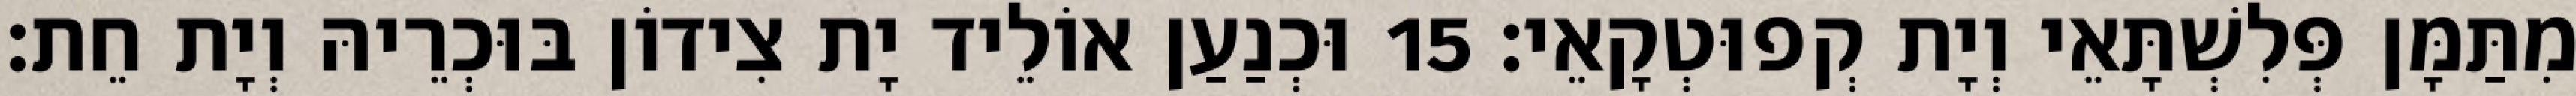
מִתַּמָּן פְּלִשְׁתָּאֵי וְיָת קְפוּטְקָאֵי׃ 15 וּכְנַעַן אוֹלֵיד יָת צִידוֹן בּוּכְרֵיהּ וְיָת חֵת׃